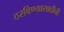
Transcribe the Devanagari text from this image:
ठरविण्यासाठीची